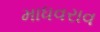
માધવરાવ